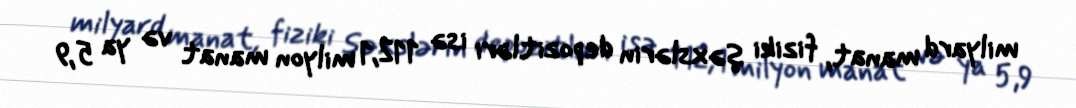
milyard manat, fiziki şəxslərin depozitləri isə 112,1 milyon manat və ya 5,9